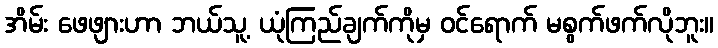
အိမ်း ဖေဖျားဟာ ဘယ်သူ့ ယုံကြည်ချက်ကိုမှ ဝင်ရောက် မစွက်ဖက်လိုဘူး။